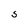
Character: 5